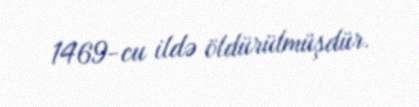
1469-cu ildə öldürülmüşdür.